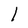
Character: 1